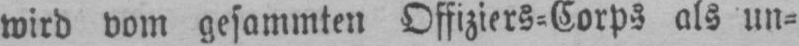
wird vom gesammten Offiziers⸗Corps als un⸗